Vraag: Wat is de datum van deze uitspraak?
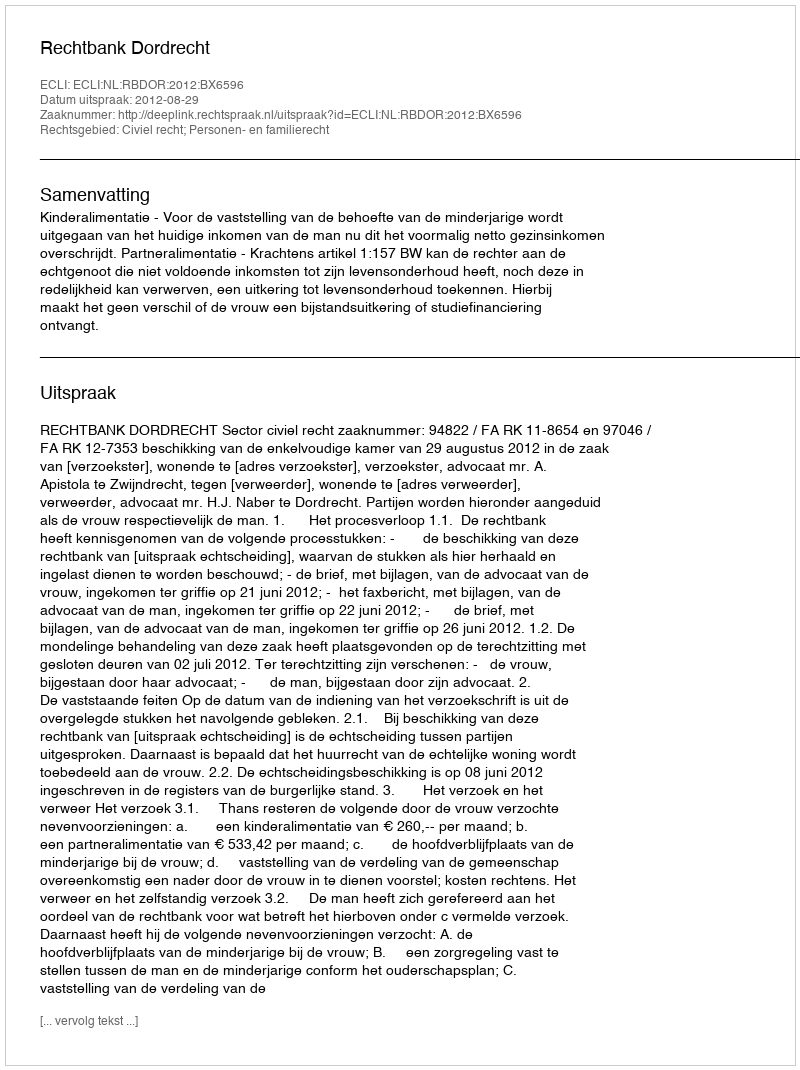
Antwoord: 2012-08-29